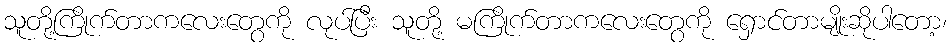
သူတို့ကြိုက်တာကလေးတွေကို လုပ်ပြီး သူတို့ မကြိုက်တာကလေးတွေကို ရှောင်တာမျိုးဆိုပါတော့၊